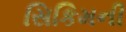
સિકિમની